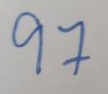
97